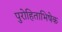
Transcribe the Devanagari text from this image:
पुरोहिताभिषेक